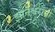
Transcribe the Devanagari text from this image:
झानेश्वरांनी